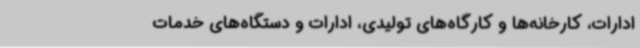
ادارات، کارخانه‌ها و کارگاه‌های تولیدی، ادارات و دستگاه‌های خدمات